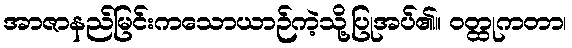
အာဇာနည်မြင်းကသောယာဉ်ကဲ့သို့ပြုအပ်၏။ ဝတ္ထုကတာ၊